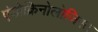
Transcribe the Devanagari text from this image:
एंडोक्रिनोलोजिस्ट